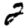
Digit: 2